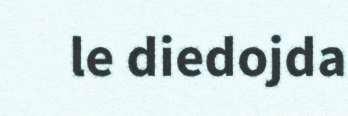
le diedojda